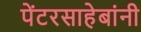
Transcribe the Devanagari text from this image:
पेंटरसाहेबांनी